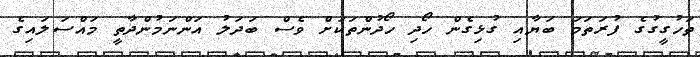
ތަހުގީގުގެ ފުރަތަމަ ބަޔާއި ގުޅިގެން ހޯދި ހޯދުންތަކަށް ވެސް ބަދަލު އަންނަމުންދާތީ މައްސަލައިގެ